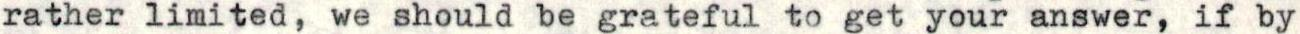
rather limited, we should be grateful to get your answer, if by